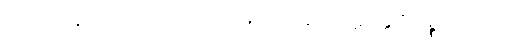
ပါ-ဒု-အုပ်-၂၇၁၊ ဋ္ဌ-သ-အုပ်-၁၄၁။ ဣတ္တဇစ္စောတိ (ပ)